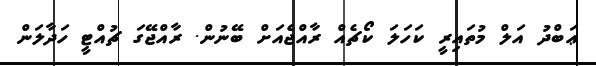
ޢަބްދު އަލް މުތައިރީ ކަހަލަ ކޯޗެއް ރާއްޖެއަށް ބޭނުން. ރާއްޖޭގަ ޗުއްޓީ ހަދާލަން